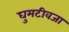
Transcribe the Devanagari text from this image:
घुमटीवजा